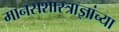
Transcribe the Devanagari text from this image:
मानसशास्त्राज्ञांच्या